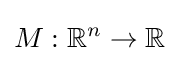
M:\mathbb {R} ^{n}\to \mathbb {R}